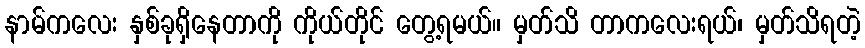
နာမ်ကလေး နှစ်ခုရှိနေတာကို ကိုယ်တိုင် တွေ့ရမယ်။ မှတ်သိ တာကလေးရယ်၊ မှတ်သိရတဲ့